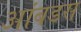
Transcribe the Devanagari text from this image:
आंबडस